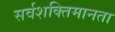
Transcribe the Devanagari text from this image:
सर्वशक्तिमानता